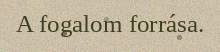
A fogalom forrása.